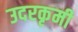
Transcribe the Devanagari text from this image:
उदरकृमी